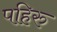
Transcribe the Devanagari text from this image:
पहिरु